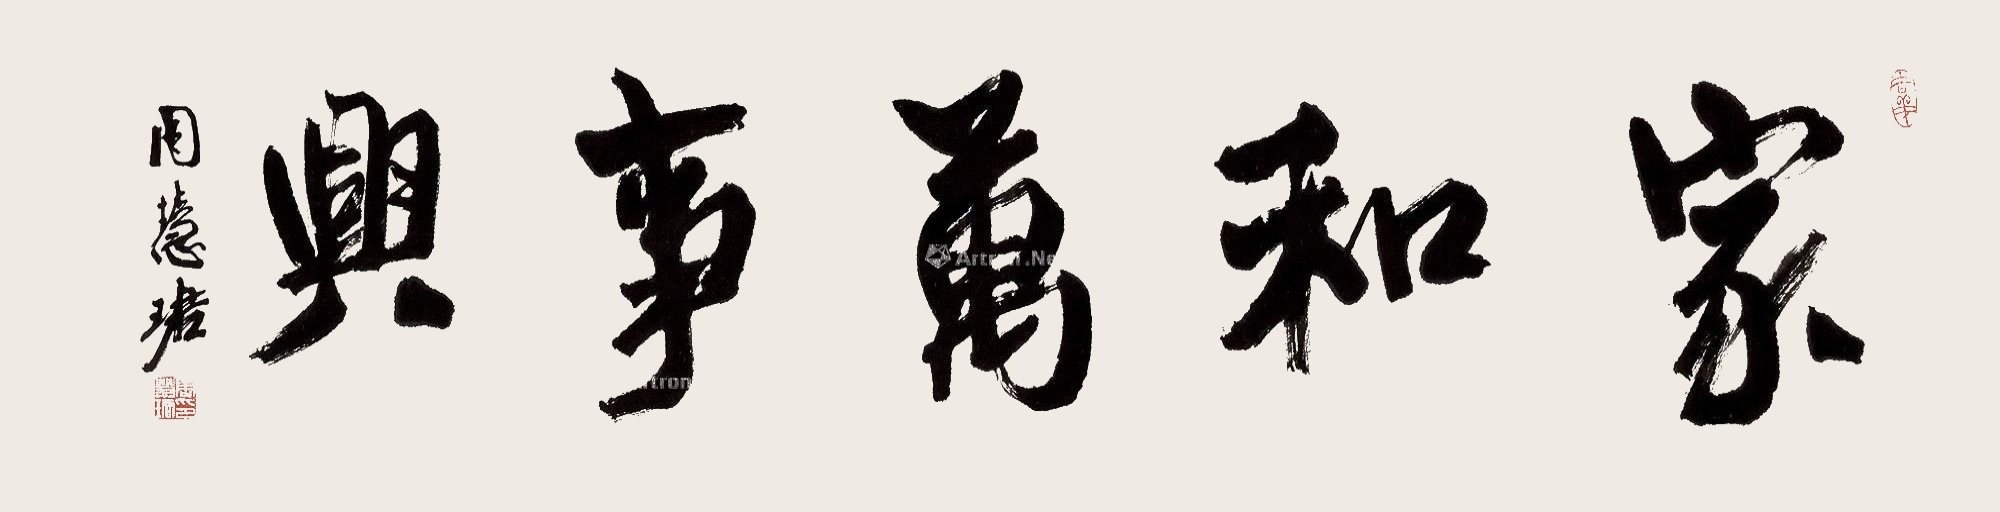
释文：家和万事兴。周慧珺。